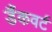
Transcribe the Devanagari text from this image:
डैंकवर्ट